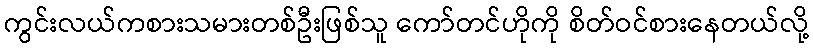
ကွင်းလယ်ကစားသမားတစ်ဦးဖြစ်သူ ကော်တင်ဟိုကို စိတ်ဝင်စားနေတယ်လို့